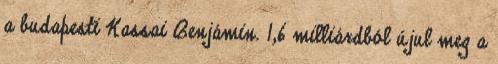
a budapesti Kassai Benjámin. 1,6 milliárdból újul meg a